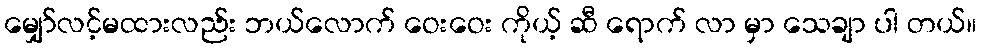
မျှော်လင့်မထားလည်း ဘယ်လောက် ဝေးဝေး ကိုယ့် ဆီ ရောက် လာ မှာ သေချာ ပါ တယ်။